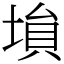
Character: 𡎖